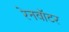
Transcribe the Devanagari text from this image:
रेनवॉटर